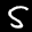
Label: 5